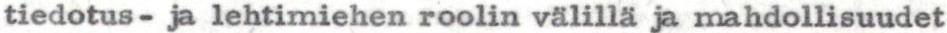
tiedotus- ja lehtimiehen roolin välillä ja mahdollisuudet